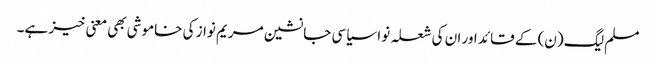
مسلم لیگ (ن) کے قائد اور ان کی شعلہ نوا سیاسی جانشین مریم نواز کی خاموشی بھی معنی خیز ہے۔